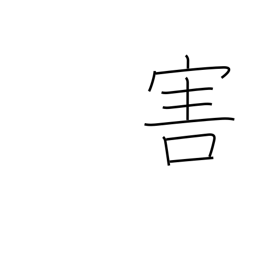
Meaning: harm